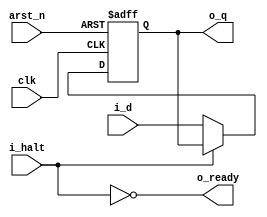
`timescale 1ns/1ps

module register #(parameter WIDTH=8) (
    input   wire    [WIDTH-1:0]     i_d,

    input   wire                    clk,
    input   wire                    arst_n,
    input   wire                    i_halt,

    output  reg     [WIDTH-1:0]     o_q,
    output  wire                    o_ready
);
    
    assign o_ready = ~i_halt;

    always @(posedge clk, negedge arst_n) begin
        if(~arst_n) begin
            o_q <= {WIDTH{1'b0}};
        end
        else if(~i_halt) begin
            o_q <= i_d;
        end
    end
	
endmodule